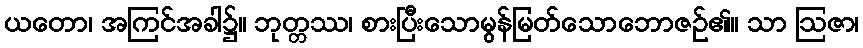
ယတော၊ အကြင်အခါ၌။ ဘုတ္တဿ၊ စားပြီးသောမွန်မြတ်သောဘောဇဉ်၏။ သာ ဩဇာ၊